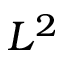
L ^ { 2 }